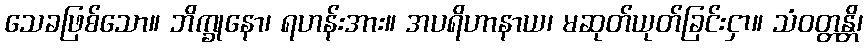
သေခဖြစ်သော။ ဘိက္ခုနော၊ ရဟန်းအား။ အပရိဟာနာယ၊ မဆုတ်ယုတ်ခြင်းငှာ။ သံဝတ္တန္တိ၊